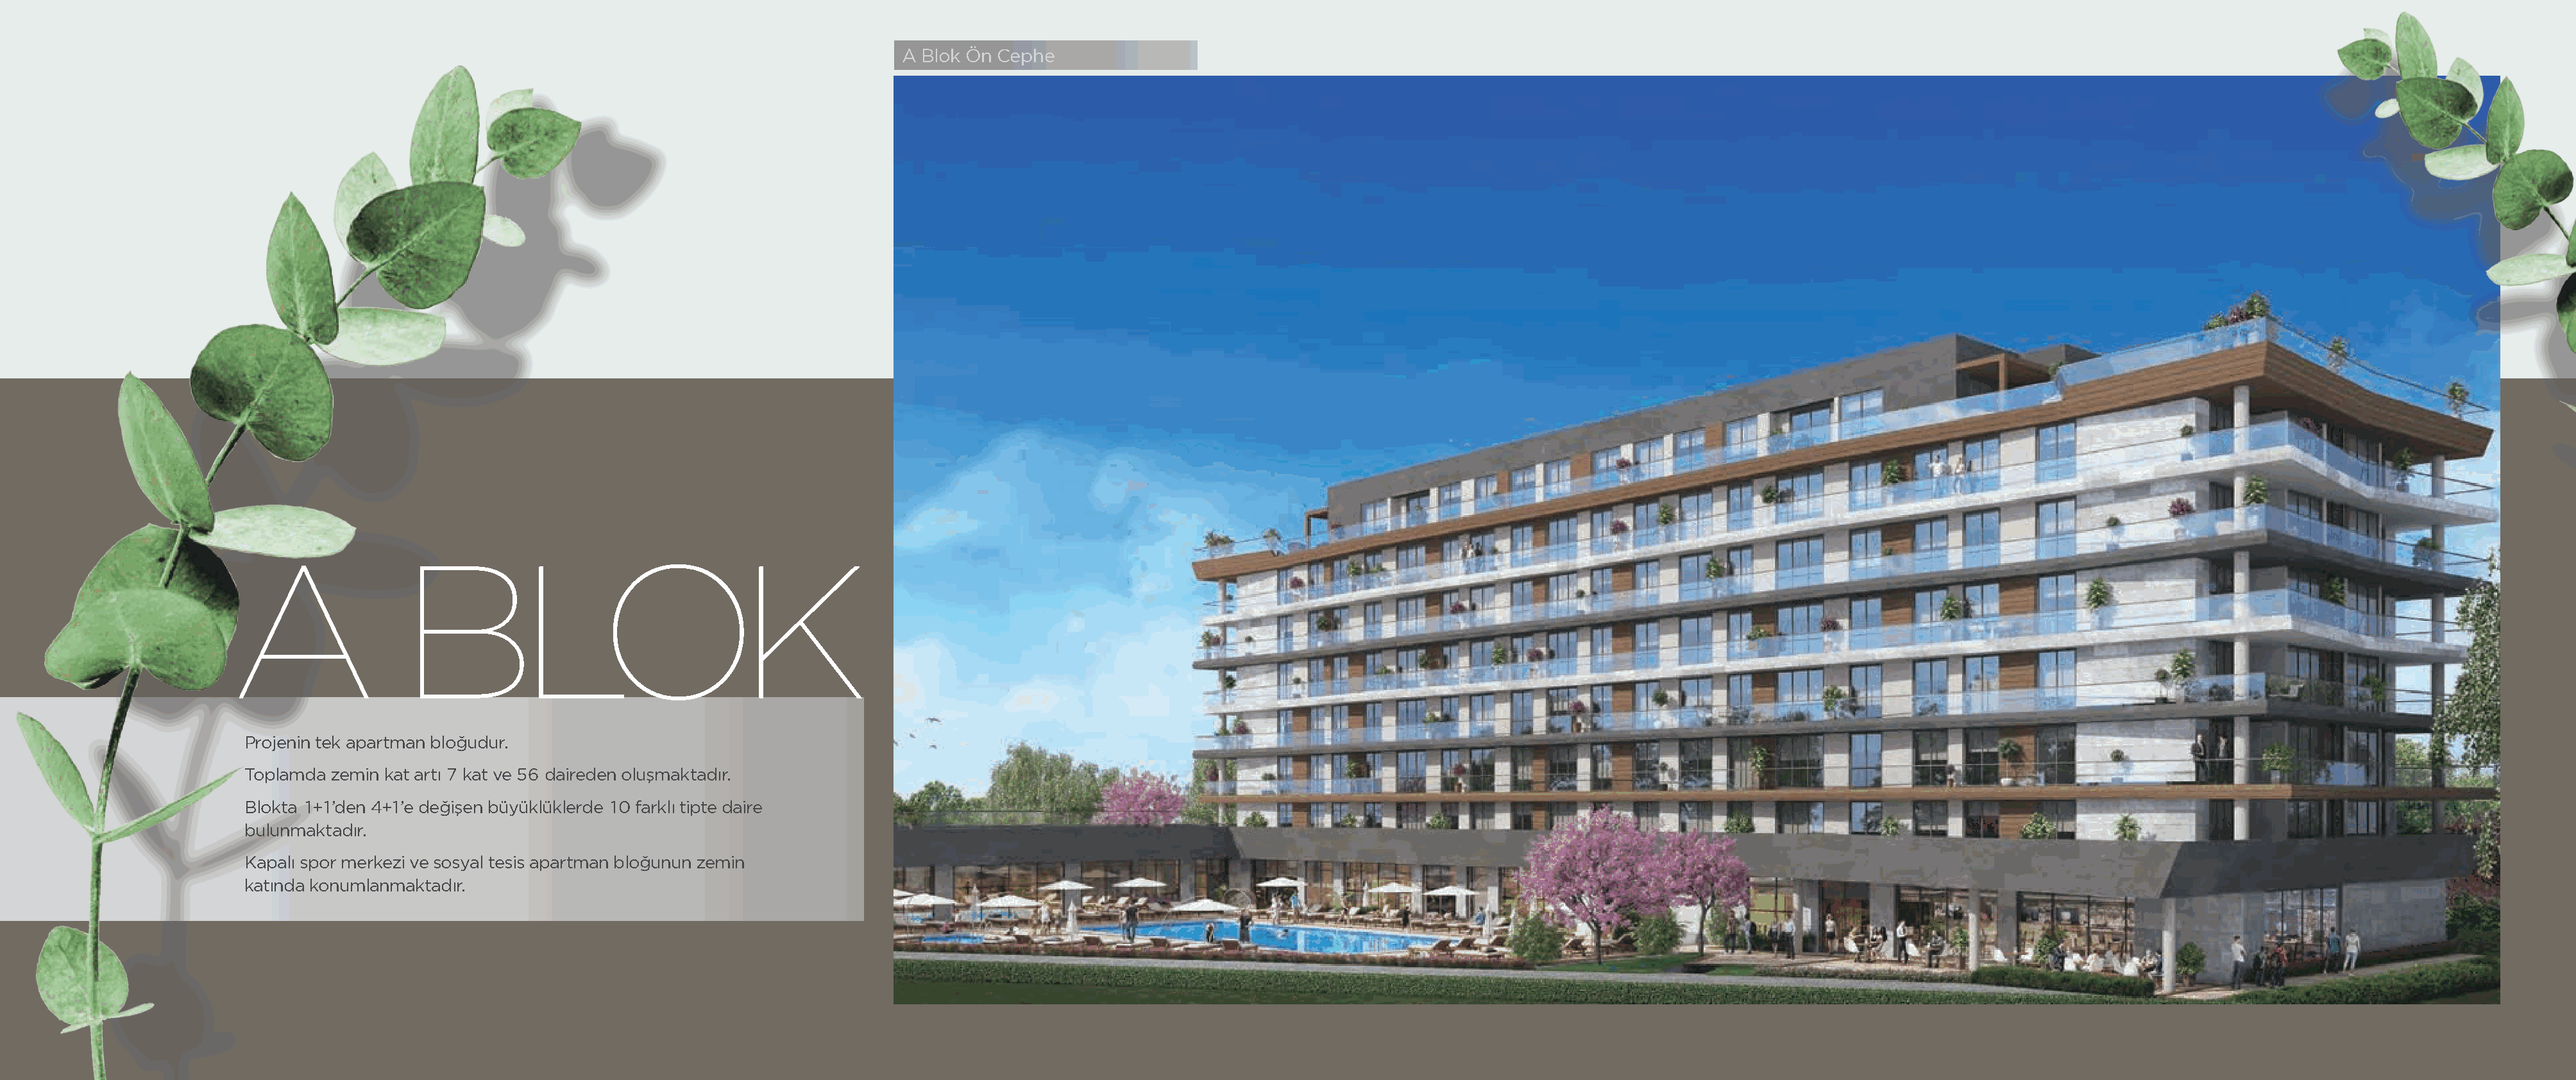
A Blok Ön Cephe
 A                BLOK
 Projenin tek apartman bloğudur.
 Toplamda zemin kat artı 7 kat ve 56 daireden oluşmaktadır.
 Blokta 1+1’den 4+1’e değişen büyüklüklerde 10 farklı tipte daire
 bulunmaktadır.
 Kapalı spor merkezi ve sosyal tesis apartman bloğunun zemin
 katında konumlanmaktadır.